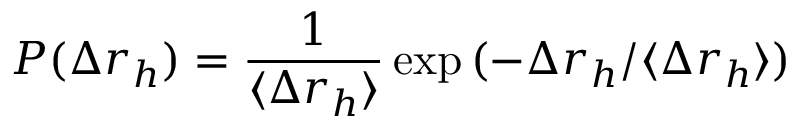
P ( \Delta r _ { h } ) = \frac { 1 } { \langle \Delta r _ { h } \rangle } \exp { ( - \Delta r _ { h } / \langle \Delta r _ { h } \rangle ) }